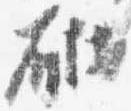
砌